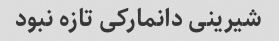
شیرینی دانمارکی تازه نبود